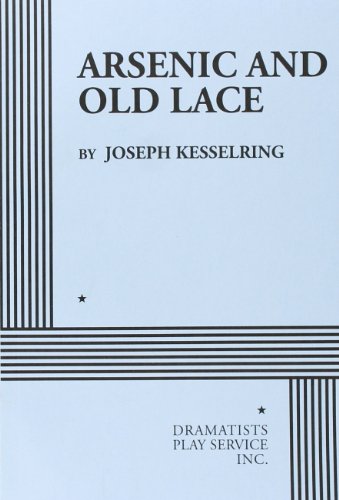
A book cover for Arsenic and Old Lace - Acting Edition; Joseph Kesselring; Literature & Fiction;